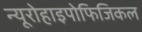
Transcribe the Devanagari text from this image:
न्यूरोहाइपोफिजिकल